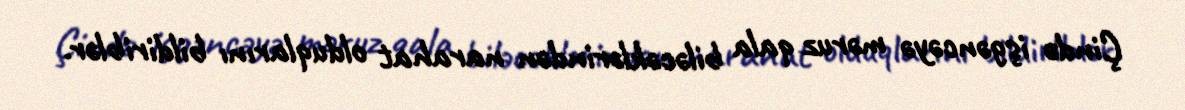
Çində işgəncəyə məruz qala biləcəklərindən narahat olduqlarını bildiriblər.